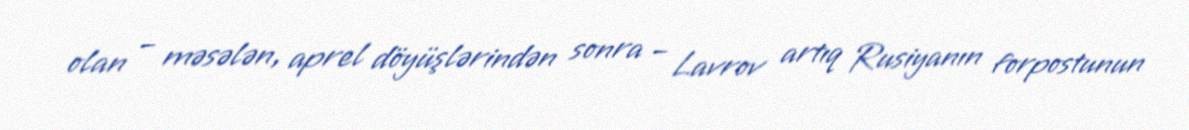
olan – məsələn, aprel döyüşlərindən sonra – Lavrov artıq Rusiyanın forpostunun